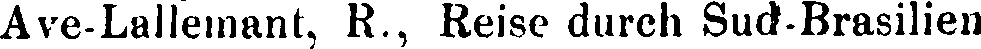
Ave-Lallemant, R., Reise durch Sud-Brasilien